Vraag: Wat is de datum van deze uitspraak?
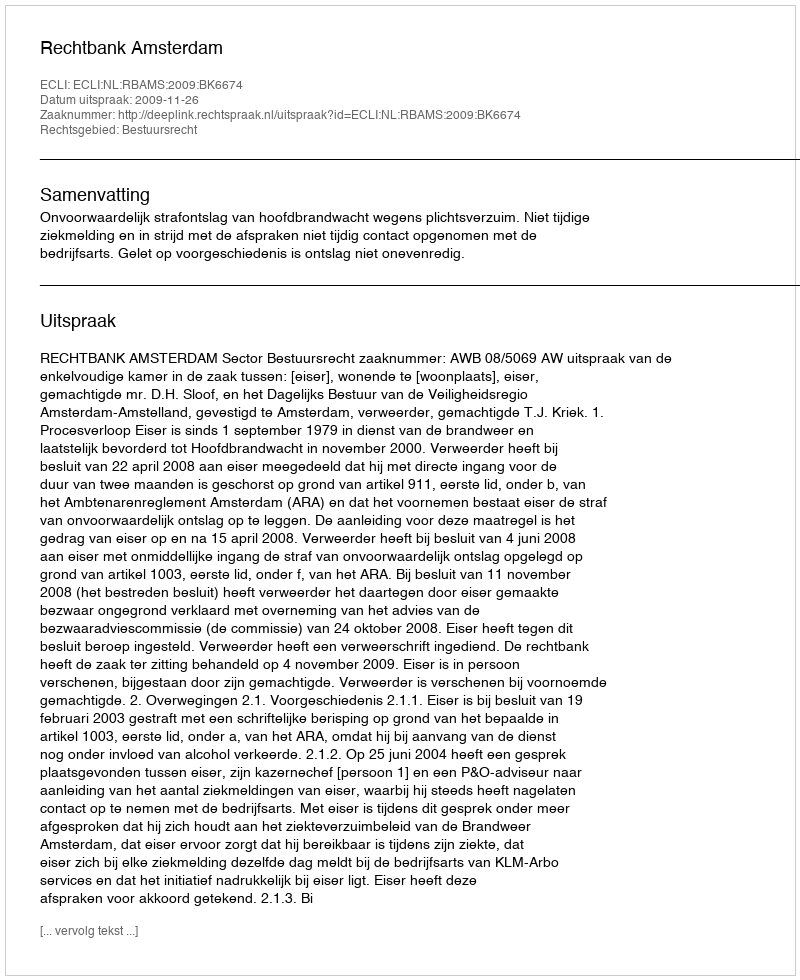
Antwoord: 2009-11-26